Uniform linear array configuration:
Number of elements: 32
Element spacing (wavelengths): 1
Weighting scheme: cosine
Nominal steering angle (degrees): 45
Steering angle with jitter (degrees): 43.869
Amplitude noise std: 0.05
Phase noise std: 0.05

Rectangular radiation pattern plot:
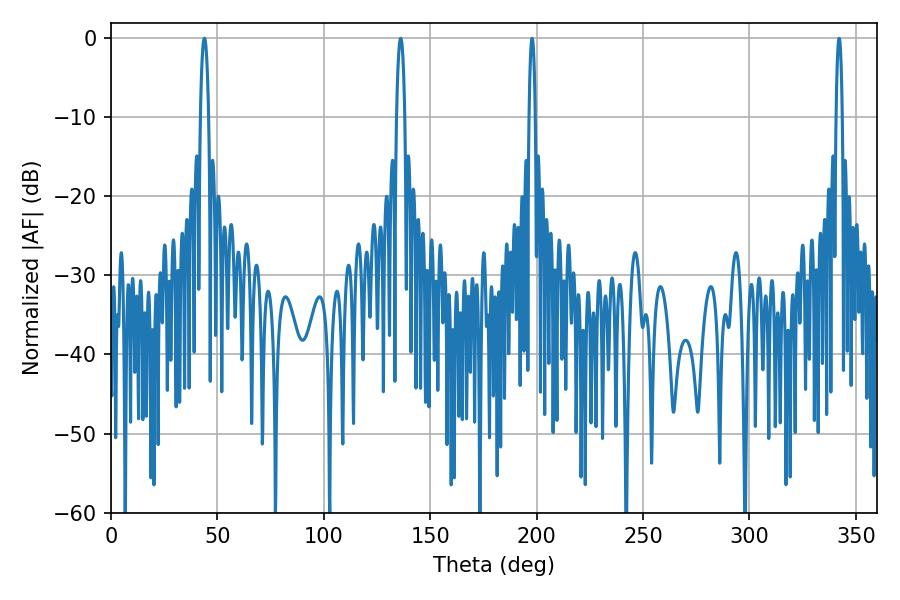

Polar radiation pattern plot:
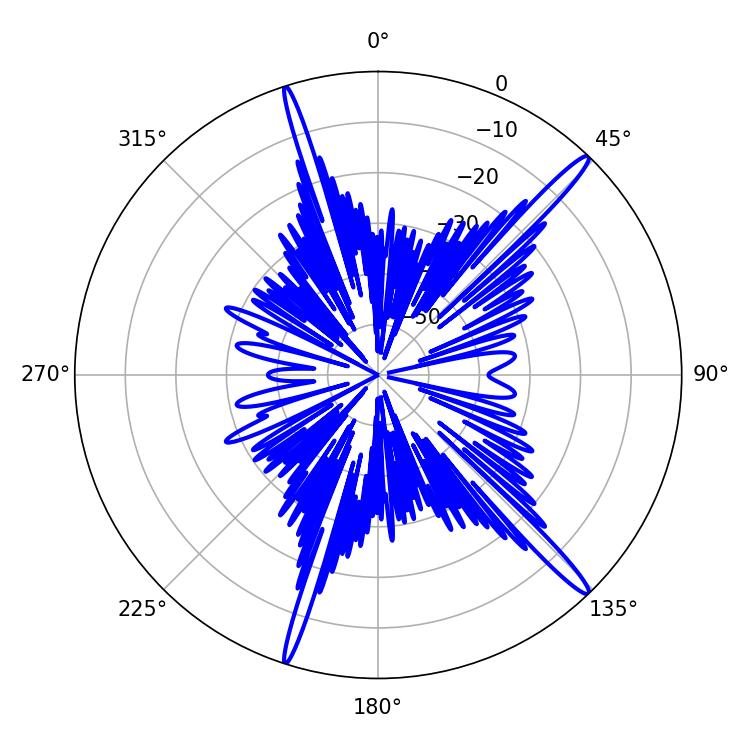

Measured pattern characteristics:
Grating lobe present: TRUE
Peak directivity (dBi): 16.975
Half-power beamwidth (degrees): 2.16
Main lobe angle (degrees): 136.08